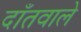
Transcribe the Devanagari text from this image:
दाँतवाले